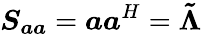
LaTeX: \boldsymbol{S_{aa}}=\boldsymbol{a}\boldsymbol{a}^{H}=\boldsymbol{\tilde{\Lambda}}